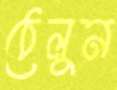
ঠেলুন